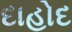
દાહોદ